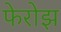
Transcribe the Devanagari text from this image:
फेरोझ